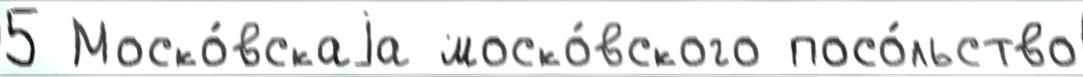
5 Моско́вскаjа моско́вского посо́льство